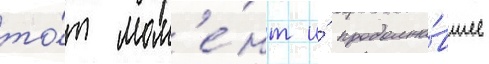
то́т мом'е́нт и́ продолжа́вшее